Report on enteric fever
Disease focus: Fever
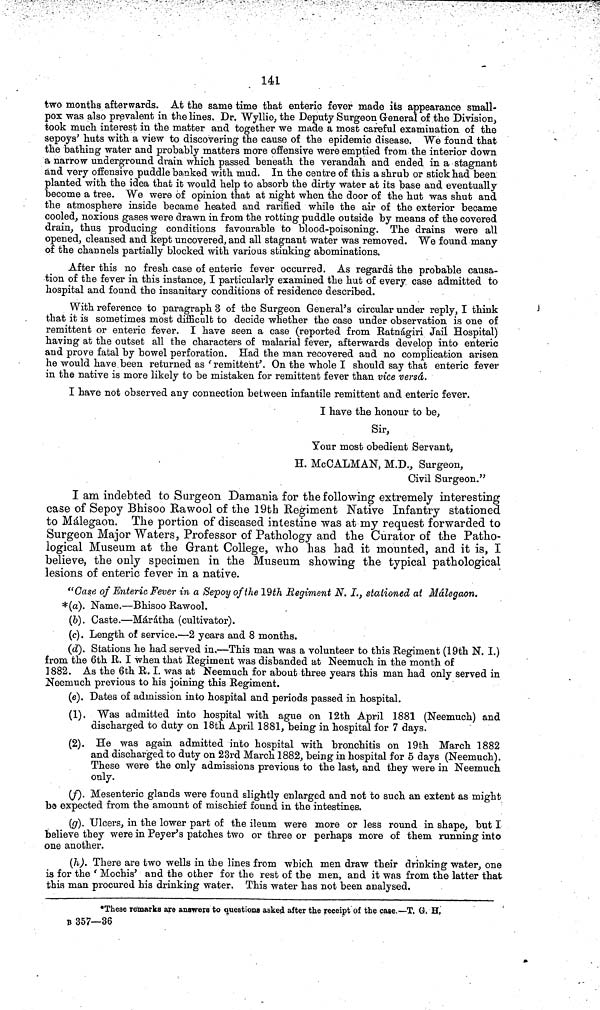
141
two months afterwards. At the same time that enteric fever made its appearance small-
pox was also prevalent in the lines, Dr. Wyllie, the Deputy Surgeon General of the Division >
took much interest in the matter and together we made a most careful examination of the
sepoys' huts with a view to discovering the cause of the epidemic disease, We found that
the bathing water and probably matters more offensive were emptied from the interior down
a narrow underground drain which passed beneath the verandah and ended in a stagnant
and very offensive puddle banked with mud. In the centre of this a shrub or stick had been
planted with the idea that it would help to absorb the dirty water at its base and eventually
become a tree. We were of opinion that at night when the door of the hut was shut and
the atmosphere inside became heated and rarified while the air of the exterior became
cooled, noxious gases were drawn in from the rotting puddle outside by means of the covered
drain, thus producing conditions favourable to blood-poisoning. The drains were all
opened, cleansed and kept uncovered, and all stagnant water was removed. We found many
of the channels partially blocked with various stinking abominations.
After this no fresh case of enteric fever occurred. As regards the probable causa-
tion of the fever in this instance, I particularly examined the hut of every case admitted to
hospital and found the insanitary conditions of residence described.
With reference to paragraph 3 of the Surgeon General's circular under reply, I think
that it is sometimes most difficult to decide whether the case under observation is one of
remittent or enteric fever. I have seen a case (reported from Ratnágiri Jail Hospital)
having at the outset all the characters of malarial fever, afterwards develop into enteric
and prove fatal by bowel perforation. Had the man recovered and no complication arisen
he would have been returned as 'remittent'. On the whole I should say that enteric fever
in the native is more likely to be mistaken for remittent fever than vice versa.
I have not observed any connection between infantile remittent and enteric fever.
I have the honour to be,
Sir,
Your most obedient Servant,
H. McCALMAN, M.D., Surgeon,
Civil Surgeon."
I am indebted to Surgeon Damania for the following extremely interesting
case of Sepoy Bhisoo Eawool of the 19th Regiment Native Infantry stationed
to Málegaon. The portion of diseased intestine was at my request forwarded to
Surgeon Major Waters, Professor of Pathology and the Curator of the Patho-
logical Museum at the Grant College, who has had it mounted, and it is, I
believe, the only specimen in the Museum showing the typical pathological
lesions of enteric fever in a native.
"Case of Enteric Fever in a Sepoy of the 19th Regiment N. I., stationed at Málegaon.
*(a). Name.—Bhisoo Rawool.
(6). Caste.—Márátha (cultivator).
(c). Length of service.—2 years and 8 months.
(d). Stations he had served in,—This man was a volunteer to this Regiment (19th N. I.)
from the 6th R. I when that Regiment was disbanded at Neemuch in the month of
1882. As the 6th R. I. was at Neemuch for about three years this man had only served in
Neemuch previous to his joining this Regiment.
(e). Dates of admission into hospital and periods passed in hospital.
(1). Was admitted into hospital with ague on 12th April 1881 (Neemuch) and
discharged to duty on 18th April 1881, being in hospital for 7 days.
(2). He was again admitted into hospital with bronchitis on 19th March 1882
and discharged to duty on 23rd March 1882, being in hospital for 5 days (Neemuch).
These were the only admissions previous to the last, and they were in Neemuch
only.
(f). Mesenteric glands were found slightly enlarged and not to such an extent as might
be expected from the amount of mischief found in the intestines.
(g). Ulcers, in the lower part of the ileum were more or less round in shape, but I
believe they were in Peyer's patches two or three or perhaps more of them running into
one another.
(h). There are two wells in the lines from which men draw their drinking water, one
is for the 'Mochis' and the other for the rest of the men, and it was from the latter that
this man procured his drinking water. This water has not been analysed.
*These remarks are answers to questions asked after the receipt of the case —T. G. H,
* 357—36